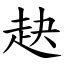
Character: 赽